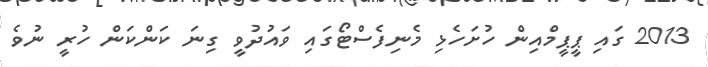
2013 ގައި ޕީޕީމްއިން ހުށަހެޅި މެނިފެސްޓޯގައި ވައުދުވީ ގިނަ ކަންކަން ހުރީ ނުވެ